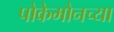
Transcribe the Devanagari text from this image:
पोकेमोनच्या